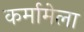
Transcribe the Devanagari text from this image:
कर्मामेला